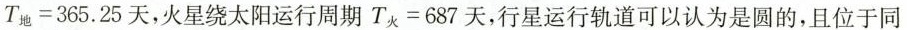
$$T _ { 地 } = 3 6 5 . 2 5$$天，火星绕太阳运行周期$$T _ { 火 } = 6 8 7$$天，行星运行轨道可以认为是圆的，且位于同